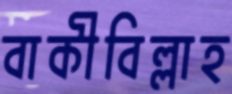
বাকীবিল্লাহ